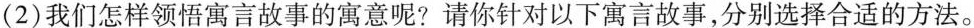
（2）我们怎样领悟寓言故事的寓意呢？请你针对以下寓言故事，分别选择合适的方法。